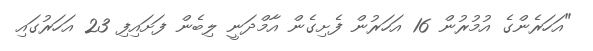
"އަހަރެންގެ އުމުރުން 16 އަހަރުން ފެށިގެން އާމްދަނީ ލިބެން ފަށައިފި 23 އަހަރުގައި